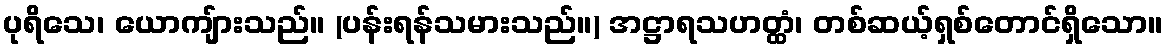
ပုရိသေ၊ ယောကျ်ားသည်။ (ပန်းရန်သမားသည်။) အဋ္ဌာရသဟတ္ထံ၊ တစ်ဆယ့်ရှစ်တောင်ရှိသော။